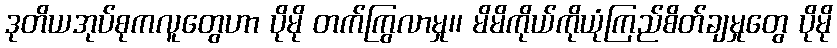
ဒုတိယအုပ်စုကလူတွေဟာ ပိုမို တက်ကြွလာမှု၊၊ မိမိကိုယ်ကိုယုံကြည်စိတ်ချမှုတွေ ပိုမို